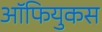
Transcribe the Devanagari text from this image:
ऑफियुकस